Lunatic asylums Punjab 1868-1880 - 1868-1880
Year: 1868
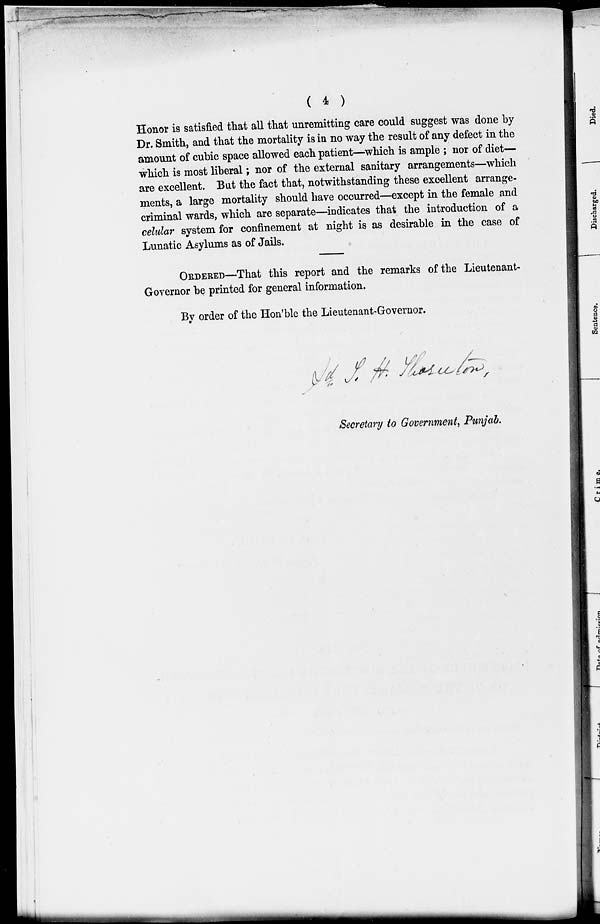
( 4 )
Honor is satisfied that all that unremitting care could suggest was done by
Dr. Smith, and that the mortality is in no way the result of any defect in the
amount of cubic space allowed each patient—which is ample ; nor of diet—
which is most liberal ; nor of the external sanitary arrangements—which
are excellent. But the fact that, notwithstanding these excellent arrange-
ments, a large mortality should have occurred—except in the female and
criminal wards, which are separate—indicates that the introduction of a
celular system for confinement at night is as desirable in the case of
Lunatic Asylums as of Jails.
ORDERED—That this report and the remarks of the Lieutenant-
Governor be printed for general information.
By order of the Hon'ble the Lieutenant-Governor.
Secretary to Government, Punjab.